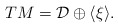
\begin{align*}TM=\mathcal{D}\oplus \langle\xi\rangle.\end{align*}